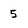
Character: 5